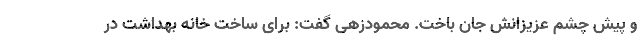
و پیش چشم عزیزانش جان باخت. محمودزهی گفت: برای ساخت خانه بهداشت در